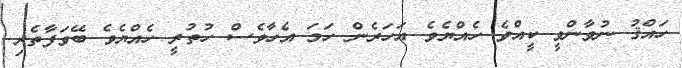
ހައްޤު ނުވާންވީ ކީއްވެ ހެއްޔެވެ އަހަރެން ހަމަ އެހާވެސް ހުތުރީ ހެއްޔެވެ ބޭވަފާތެރި